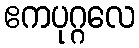
ဧကပုဂ္ဂလေ